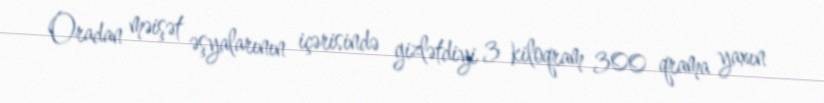
Oradan məişət əşyalarının içərisində gizlətdiyi 3 kiloqram 300 qrama yaxın